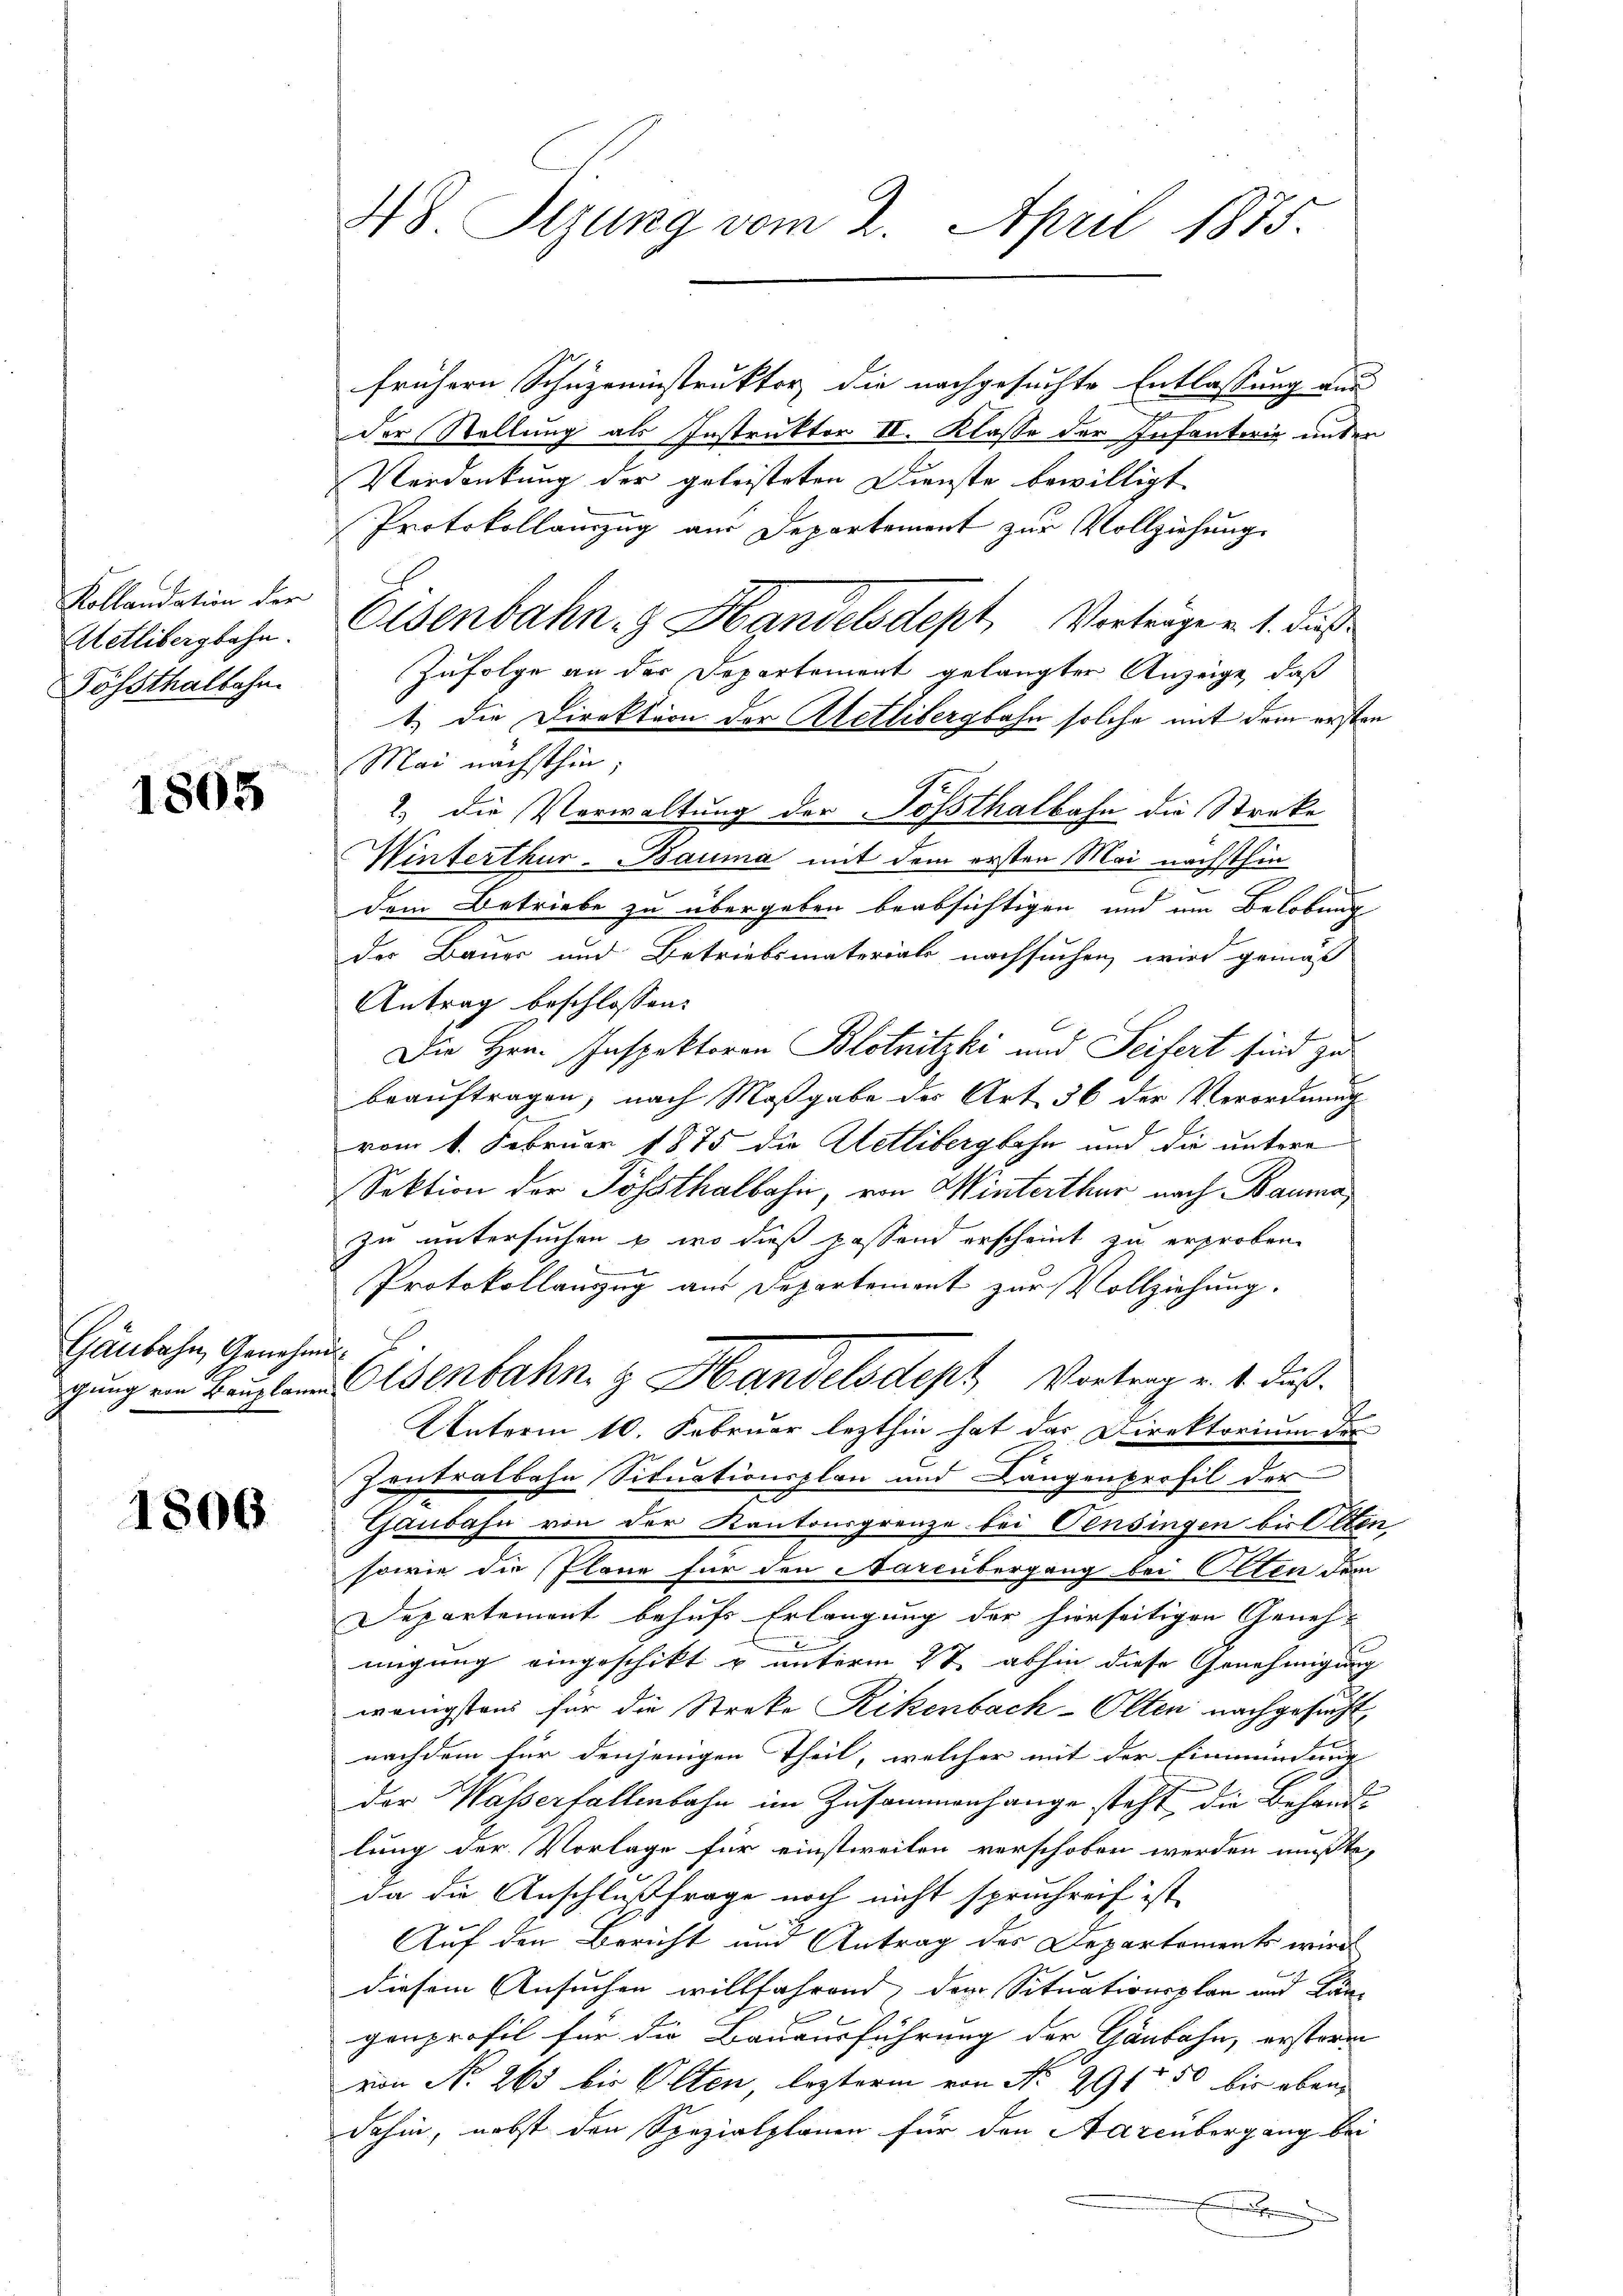
Kollandation der
Aetlibergbahn.
Gössthalbahn

1805

Gänbahn, Genehmi¬

1806

48 Sizung vom 2. April 1875.

frühern Schuzeninstruktor die nachgesuchte Entlassung aus
der Stellung als Instruktor II. Klasse der Infanterie unter
Verdankung der geleisteten Dienste bewilligt
Protokollamzug aus Departement zur Vollziehung
Olsenbahn- & Handelsdept Vorträge v. 1. dieß
Zufolge an der Departement gelangten Anzeige, daß
1.) Die Direktion der Stetlibergbahn solche mit dem ersten
Mai nächsthin
2.) Die Verwaltung der Possthalbahn die Streke
Winterthur-Bauma mit dem ersten Mai nächsthin
dem Betriebe zu übergeben beabsichtigen und im Belobung
der Bauer und Betriebsmaterials nachsuchen, wird gemäß
Antrag beschlossen:
Die Hrn. Inspektoren Blotnitzki und Seifert sind zu
beauftragen, nach Maßgabe des Art. 56 der Verordnung
vom 1. Februar 1875 die Uetlibergbahn und die untere
Sektion der Posthalbahn, von Winterthur nach Bauma
zu untersuchen u. wo dieß passend erscheint zu erproben.
Protokollauszug aus Departement zur Vollziehung.
gung ein Kanzlei Asenbahn z Handelsdept Vortrag v. 4. daß
Unterm 10. Februar lezthin hat der Direktorium des
Zentralbahn Situationsplan und Längenprofil der
Gaubahn von der Kantonsgrenze bei Pensingen bist ten
sowie die Pläne für den arcübergang bei Olten dem
Departement behufs Erlangung der hierseitigen Geneh-
migung eingeschikt u unterm 2t abhin diese Genehmigung
wenigstens für die Streke Rikenbach-Olten nachgesucht
nachdem für denjenigen Theil, welcher mit der Einmündung
der Wasserfallenbahn im Zusammenhange steht die Behandlung der Vorlage für einstweilen verschoben werden mußte,
da die Anschlußfrage noch nicht spruchreif ist,
Auf den Bericht und Antrag des Departements wird
diesem Ansuchen willfahrend der Situationsplan und Län-
genprofil für die Bauausführung der Ganbahn, erstere
von No 265 bis Olten, lezterm von No 291 50 bis oben
dahin, nebst den Spezialplanen für den Aarcübergang bei